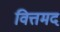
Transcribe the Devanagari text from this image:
वित्तमद